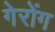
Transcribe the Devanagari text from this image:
गेरोंग